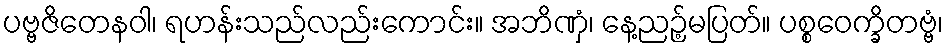
ပဗ္ဗဇိတေနဝါ၊ ရဟန်းသည်လည်းကောင်း။ အဘိဏှံ၊ နေ့ညဉ့်မပြတ်။ ပစ္စဝေက္ခိတဗ္ဗံ၊